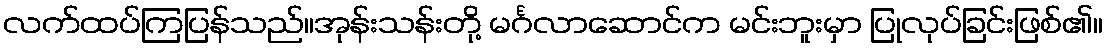
လက်ထပ်ကြပြန်သည်။အုန်းသန်းတို့ မင်္ဂလာဆောင်က မင်းဘူးမှာ ပြုလုပ်ခြင်းဖြစ်၏။